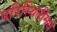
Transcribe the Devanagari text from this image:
परिस्थितींमधे